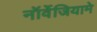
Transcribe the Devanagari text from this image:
नॉर्वेजियामे